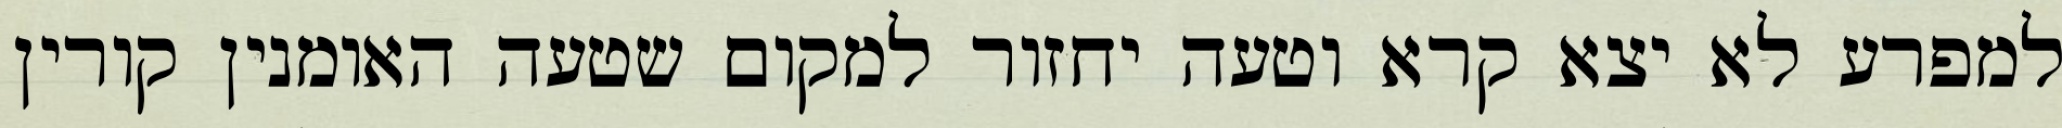
למפרע לא יצא קרא וטעה יחזור למקום שטעה האומנין קורין